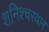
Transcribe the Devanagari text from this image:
शनिश्चरवार